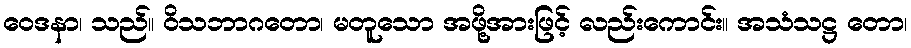
ဝေဒနာ၊ သည်။ ဝိသဘာဂတော၊ မတူသော အဖို့အားဖြင့် လည်းကောင်း။ အသံသဋ္ဌ တော၊